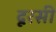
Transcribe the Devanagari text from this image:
दूरसी